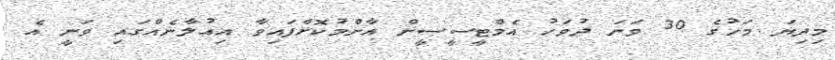
މިދިޔަ މަހުގެ 30 ވަނަ ދުވަހު އެމްޓީސީސީން އާންމުކޮށްފައިވާ އިއުލާނެއްގައި ވަނީ އެ